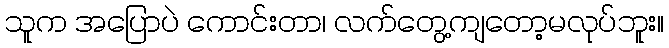
သူက အပြောပဲ ကောင်းတာ၊ လက်တွေ့ကျတော့မလုပ်ဘူး။